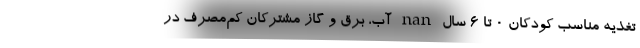
تغذیه مناسب کودکان ۰ تا ۶ سال nan آب، برق و گاز مشترکان کم‌مصرف ‌در